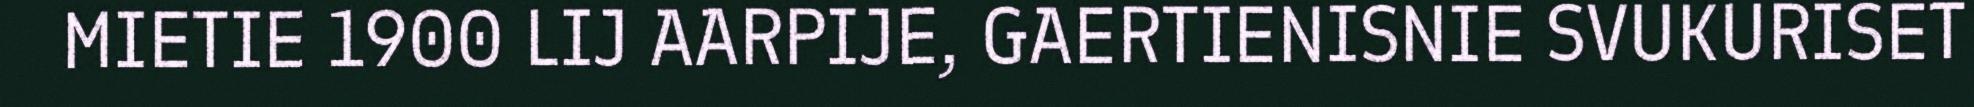
MIETIE 1900 LIJ AARPIJE, GAERTIENISNIE SVUKURISET